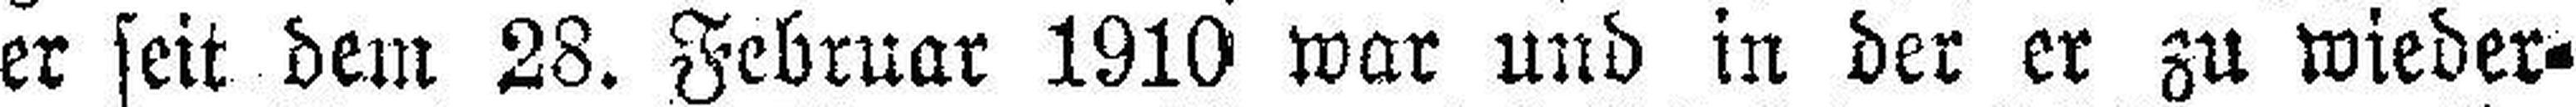
er seit dem 28. Februar 1910 war und in der er zu wieder¬